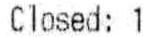
CLOSED: 1